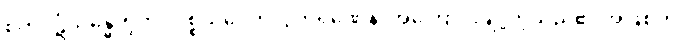
စုတိပဋိသန္ဓေတို့ကို။ ပစ္စယဝေကလ္လကရဏေန၊ အကြောင်းချို့တဲ့သည်၏ အဖြစ်ကို